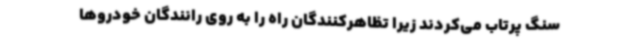
سنگ پرتاب می‌کردند زیرا تظاهرکنندگان راه را به روی رانندگان خودروها